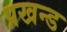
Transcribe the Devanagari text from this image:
प्रखन्ड